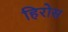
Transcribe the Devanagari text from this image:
हिरोस